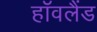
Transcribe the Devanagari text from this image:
हॉवलैंड